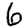
Digit: 6